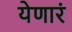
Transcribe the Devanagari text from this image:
येणारं